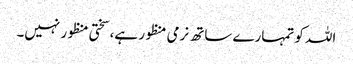
اللہ کو تمہارے ساتھ نرمی منظور ہے، سختی منظور نہیں۔